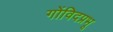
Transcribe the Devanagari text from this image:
गोंविदप्रभू